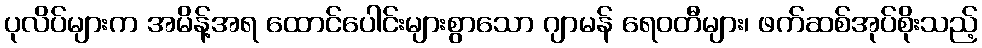
ပုလိပ်များက အမိန့်အရ ထောင်ပေါင်းများစွာသော ဂျာမန် ရေဝတီများ၊ ဖက်ဆစ်အုပ်စိုးသည့်